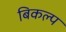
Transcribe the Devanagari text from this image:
बिकल्प